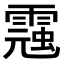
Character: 𩃾